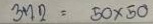
372 = 50 x 50